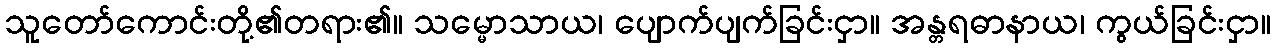
သူတော်ကောင်းတို့၏တရား၏။ သမ္မောသာယ၊ ပျောက်ပျက်ခြင်းငှာ။ အန္တရဓာနာယ၊ ကွယ်ခြင်းငှာ။